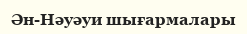
Ән-Нәуәуи шығармалары